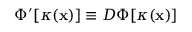
\begin{array} { r } { \Phi ^ { \prime } [ \kappa ( \mathbf { x } ) ] \equiv D \Phi [ \kappa ( \mathbf { x } ) ] } \end{array}